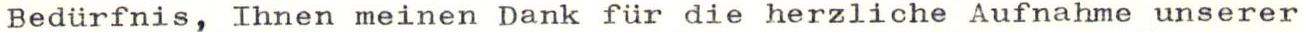
Bedürfnis, Ihnen meinen Dank für die herzliche Aufnahme unserer